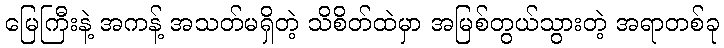
မြေကြီးနဲ့ အကန့် အသတ်မရှိတဲ့ သိစိတ်ထဲမှာ အမြစ်တွယ်သွားတဲ့ အရာတစ်ခု